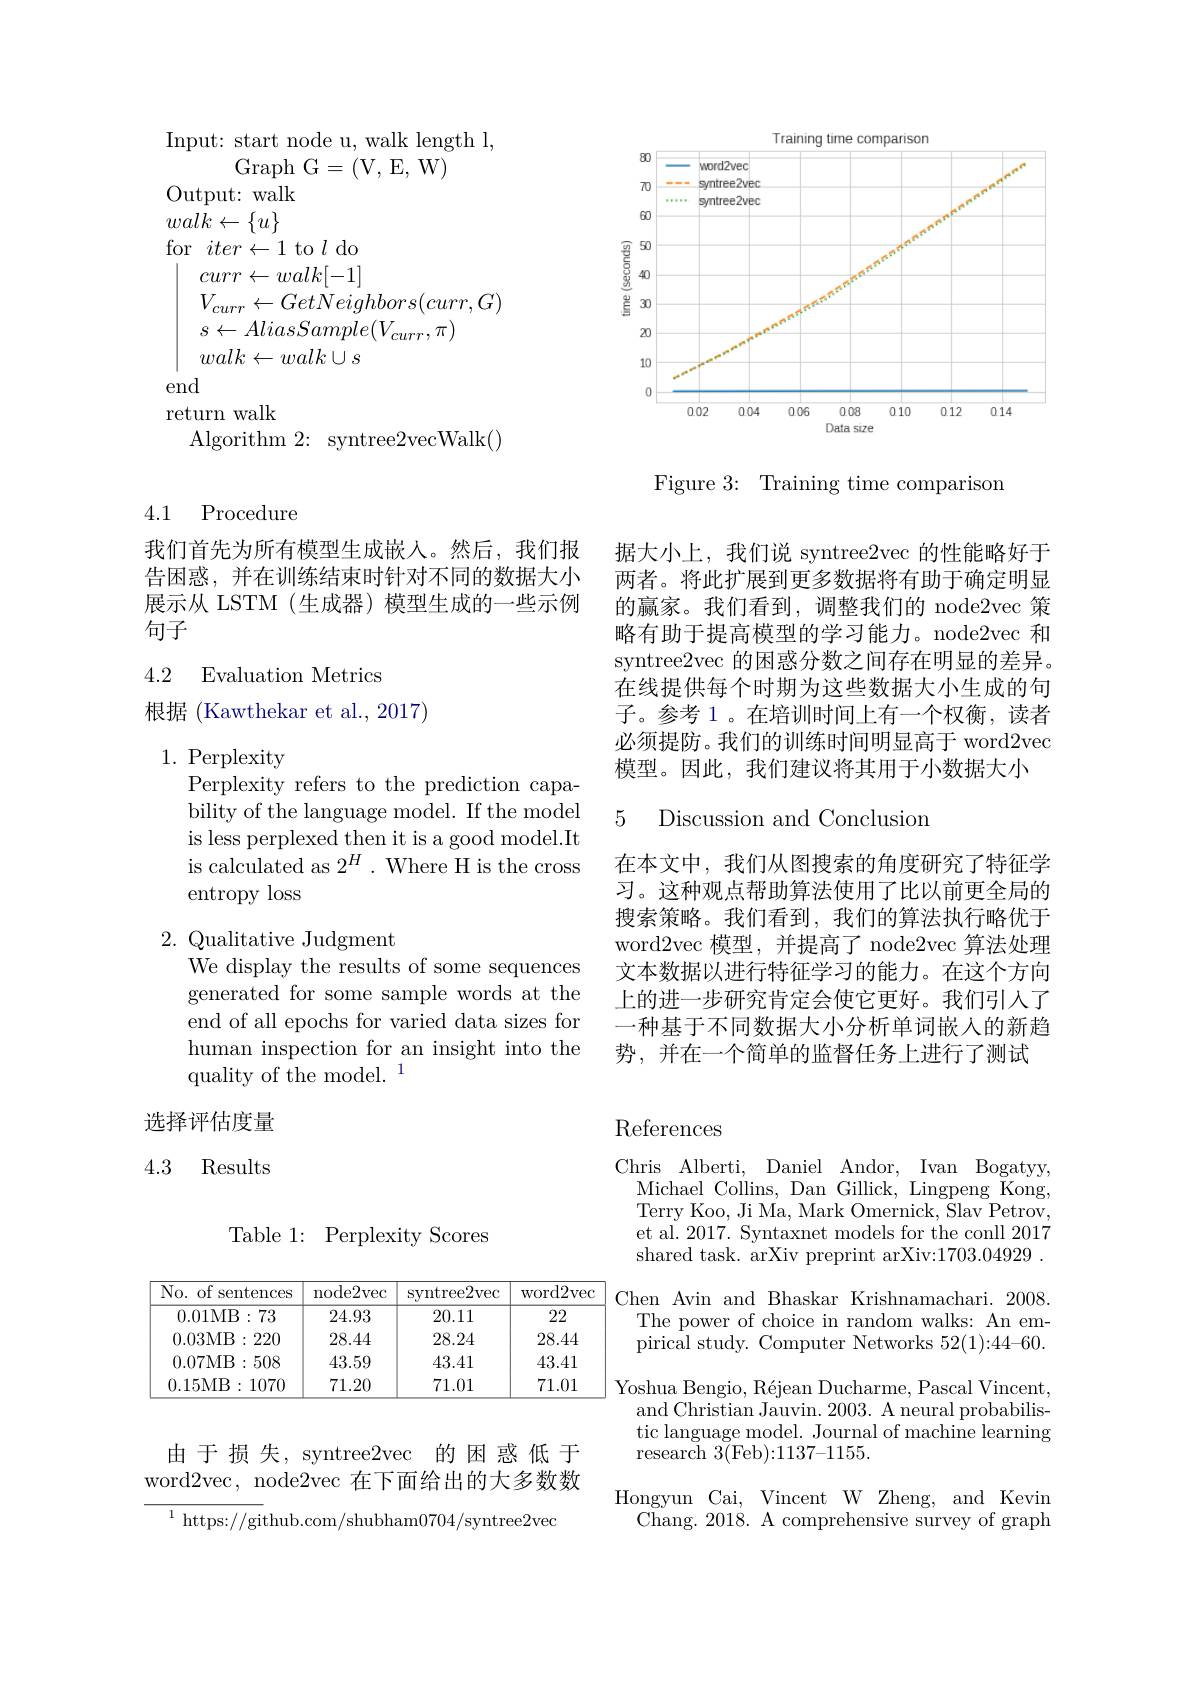
Input: start node u, walk length l,
Graph G=(V, E, W)
Output: walk $walk\leftarrow\{u\}$ for$iter\leftarrow1$to$l$do
$\begin{array}{l}{curr\leftarrow walk[-1]}\\{V_{curr}\leftarrow GetNeighbors(curr,G)}\end{array}$
$s\leftarrow AliasSample(V_{curr},\pi)$
$walk\leftarrow walk\cup s$
end
return walk
${\mathrm{Algorithm~2: }}$ ${\mathrm{syntree2vecWalk( ) }}$

4.1 Procedure

我们首先为所有模型生成嵌人。然后，我们报告困惑，并在训练结束时针对不同的数据大小展示从 LSTM (生成器)模型生成的一些示例句子

## 4.2 Evaluation Metrics 根据 (Kawthekar et al., 2017)

1. Perplexity
Perplexity refers to the prediction capability of the language model. If the model is less perplexed then it is a good model.It is calculated as $2^H.$ Where H is the cross entropy loss

2. Qualitative Judgment

We display the results of some sequences generated for some sample words at the end of all epochs for varied data sizes for human inspection for an insight into the quality of the model.$^1$

选择评估度量

# References

### 4.3 Results

Table 1: Perplexity Scores

<table>
	<tbody>
		<tr>
			<th>No. of s sentences</th>
			<th>${\mathrm{node2vec}}$</th>
			<th>syntree2vec</th>
			<th>word2vec</th>
		</tr>
		<tr>
			<td>0.01MB:73</td>
			<td>24.93</td>
			<td>20.11</td>
			<td>22</td>
		</tr>
		<tr>
			<td>0.03MB:220</td>
			<td>28.44</td>
			<td>28.24</td>
			<td>28.44</td>
		</tr>
		<tr>
			<td>0.07MB:508</td>
			<td>43.59</td>
			<td>43.41</td>
			<td>43.41</td>
		</tr>
		<tr>
			<td>0.15MB:1070</td>
			<td>71.20</td>
			<td>71.01</td>
			<td>71.01</td>
		</tr>
	</tbody>
</table>

由于损失，syntree2vec 的困惑低于word2vec, node2vec 在下面给出的大多数数

$^{1}{\mathrm{~https://github.com/shubham0704/syntree2vec}}$

<FigureHere>

Figure 3: Training time comparison

据大小上，我们说 syntree2vec 的性能略好于两者。将此扩展到更多数据将有助于确定明显的赢家。我们看到，调整我们的 node2vec 策略有助于提高模型的学习能力。node2vec 和syntree2vec 的困惑分数之间存在明显的差异。在线提供每个时期为这些数据大小生成的句子。参考 1 。在培训时间上有一个权衡，读者必须提防。我们的训练时间明显高于 word2vec 模型。因此，我们建议将其用于小数据大小
5 Discussion and Conclusion
在本文中，我们从图搜索的角度研究了特征学习。这种观点帮助算法使用了比以前更全局的搜索策略。我们看到，我们的算法执行略优于word2vec 模型，并提高了 node2vec 算法处理文本数据以进行特征学习的能力。在这个方向上的进一步研究肯定会使它更好。我们引入了一种基于不同数据大小分析单词嵌入的新趋势，并在一个简单的监督任务上进行了测试

Chris Alberti, Daniel Andor, Ivan Bogatyy, $\underset{\mathrm{T}}{\operatorname*{\mathrm{Michael~Collins,~Dan~Gillick,~Lingpeng~Kong,}}}$ Terry Koo, Ji Ma, Mark Omernick, Slav Petrov, et al. 2017. Syntaxnet models for the conll 2017 shared task. arXiv preprint arXiv:1703.04929~.
Chen Avin and Bhaskar Krishnamachari. 2008.
The power of choice in random walks: An empirical study. Computer Networks $52(1):44–60.$
Yoshua Bengio, Réjean Ducharme, Pascal Vincent,
and Christian Jauvin. 2003. A neural probabilistic language model. Journal of machine learning research 3(Feb):1137-1155.
Hongyun Cai, Vincent W Zheng, and Kevin
Chang. 2018. A comprehensive survey of graph